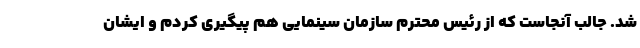
شد. جالب آنجاست که از رئیس محترم سازمان سینمایی هم پیگیری کردم و ایشان